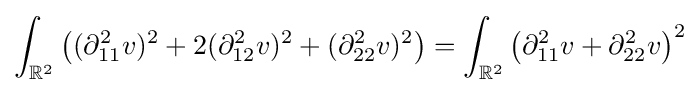
\int _{\mathbb {R} ^{2}}{\bigl (}(\partial _{11}^{2}v)^{2}+2(\partial _{12}^{2}v)^{2}+(\partial _{22}^{2}v)^{2}{\bigr )}=\int _{\mathbb {R} ^{2}}{\bigl (}\partial _{11}^{2}v+\partial _{22}^{2}v{\bigr )}^{2}